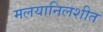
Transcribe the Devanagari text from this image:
मलयानिलशीत